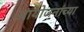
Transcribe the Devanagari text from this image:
आयोजनांच्‍या